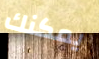
يمكنك